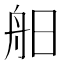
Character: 𦨙